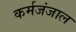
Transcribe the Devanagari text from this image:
कर्मजंजाल